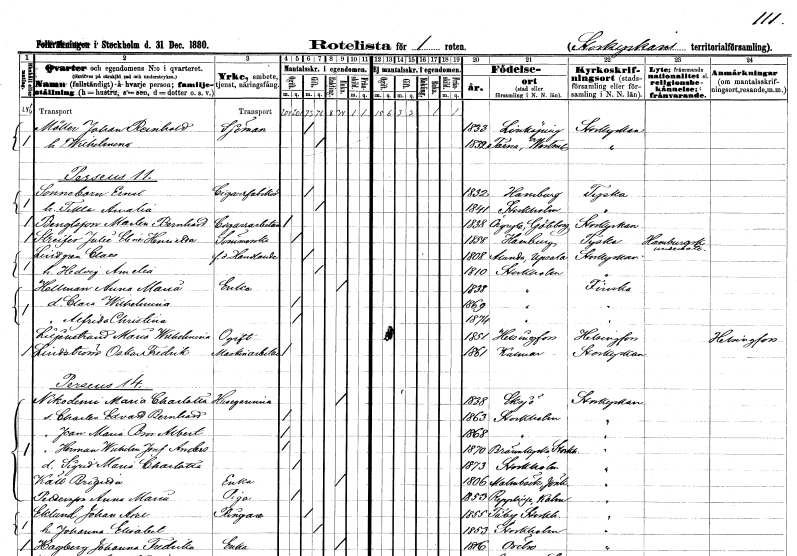
gt_parse: households: individuals: FN: Johan Bernhard
EN: Möller
YRKE: Sjöman
KON: M
CIV: G
FODAR: 1833
FODFORS: Linköping Östergötlands län
FN: Wilhelmina
KON: K
CIV: G
FODAR: 1832
FODFORS: Tärna Västerbottens län
FN: Ernst
EN: Sonnebarn
YRKE: Cigarrfabrikör
KON: M
CIV: G
FODAR: 1832
FN: Tekla Amalia
KON: K
CIV: G
FODAR: 1841
FODFORS: Stockholm
FN: Martin Bernhard
EN: Bengtsson
YRKE: Cigarrarbetare
KON: M
CIV: O
FODAR: 1838
FODFORS: Örgryte Göteborgs- och Bohuslän
FN: Julia Eline Henrika
EN: Streifer
YRKE: Sömmerska
KON: K
CIV: O
FODAR: 1858
FN: Carl
EN: Lindgren
YRKE: Handlande f.d.
KON: M
CIV: G
FODAR: 1808
FODFORS: Alunda Uppsala län
FN: Hedvig Amelia
KON: K
CIV: G
FODAR: 1810
FODFORS: Stockholm
FN: Anna Maria
EN: Hellman
YRKE: Änka
KON: K
CIV: E
FODAR: 1838
FODFORS: Stockholm
FN: Clara Wilhelmina
KON: K
CIV: O
FODAR: 1869
FODFORS: Stockholm
FN: Alfrida Christina
KON: K
CIV: O
FODAR: 1874
FODFORS: Stockholm
FN: Maria Wilhelmina
EN: Liljenstrand
KON: K
CIV: O
FODAR: 1851
FN: Oskar Fredrik
EN: Lindström
YRKE: Maskinarbetare
KON: M
CIV: O
FODAR: 1861
FODFORS: Kalmar Kalmar län
FN: Maria Charlotta
EN: Nikodemi
YRKE: Husägarinna
KON: K
CIV: E
FODAR: 1838
FODFORS: Eksjö Jönköpings län
FN: Charles Edvard Bernhard
KON: M
CIV: O
FODAR: 1863
FODFORS: Stockholm
FN: Bror Albert
KON: M
CIV: O
FODAR: 1868
FODFORS: Stockholm
FN: Herman Wilhelm Josef Anders
KON: M
CIV: O
FODAR: 1870
FODFORS: Brännkyrka Stockholms län
FN: Sigrid Maria Charlotta
KON: K
CIV: O
FODAR: 1873
FODFORS: Stockholm
FN: Brigitta
EN: Käll
YRKE: Änka
KON: K
CIV: E
FODAR: 1806
FODFORS: Malmbäck Jönköpings län
FN: Anna Maria
EN: Pettersson
YRKE: Piga
KON: K
CIV: O
FODAR: 1853
FODFORS: Räpplinge Kalmar län